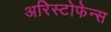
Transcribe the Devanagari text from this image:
अरिस्टोफेन्स